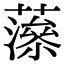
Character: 𧁑